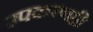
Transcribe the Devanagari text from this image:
उपकरणही